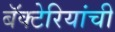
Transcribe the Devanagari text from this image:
बॅक्‍टेरियांची